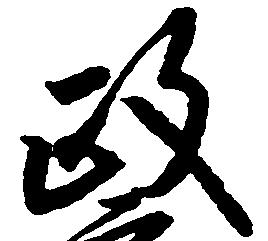
政